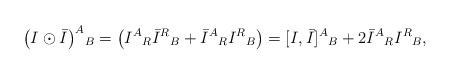
LaTeX: \begin{align*}\big(I\odot\bar{I}\big)^{A}{}_{B}=\big(I^{A}{}_{R}\bar{I}^{R}{}_{B}+\bar{I}^{A}{}_{R}I^{R}{}_{B}\big)=[I,\bar{I}]^A{}_{B}+2\bar{I}^{A}{}_{R}I^{R}{}_{B}, \end{align*}